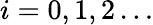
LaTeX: i=0,1,2\dots